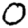
Digit: 0